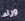
وراء